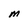
Character: M